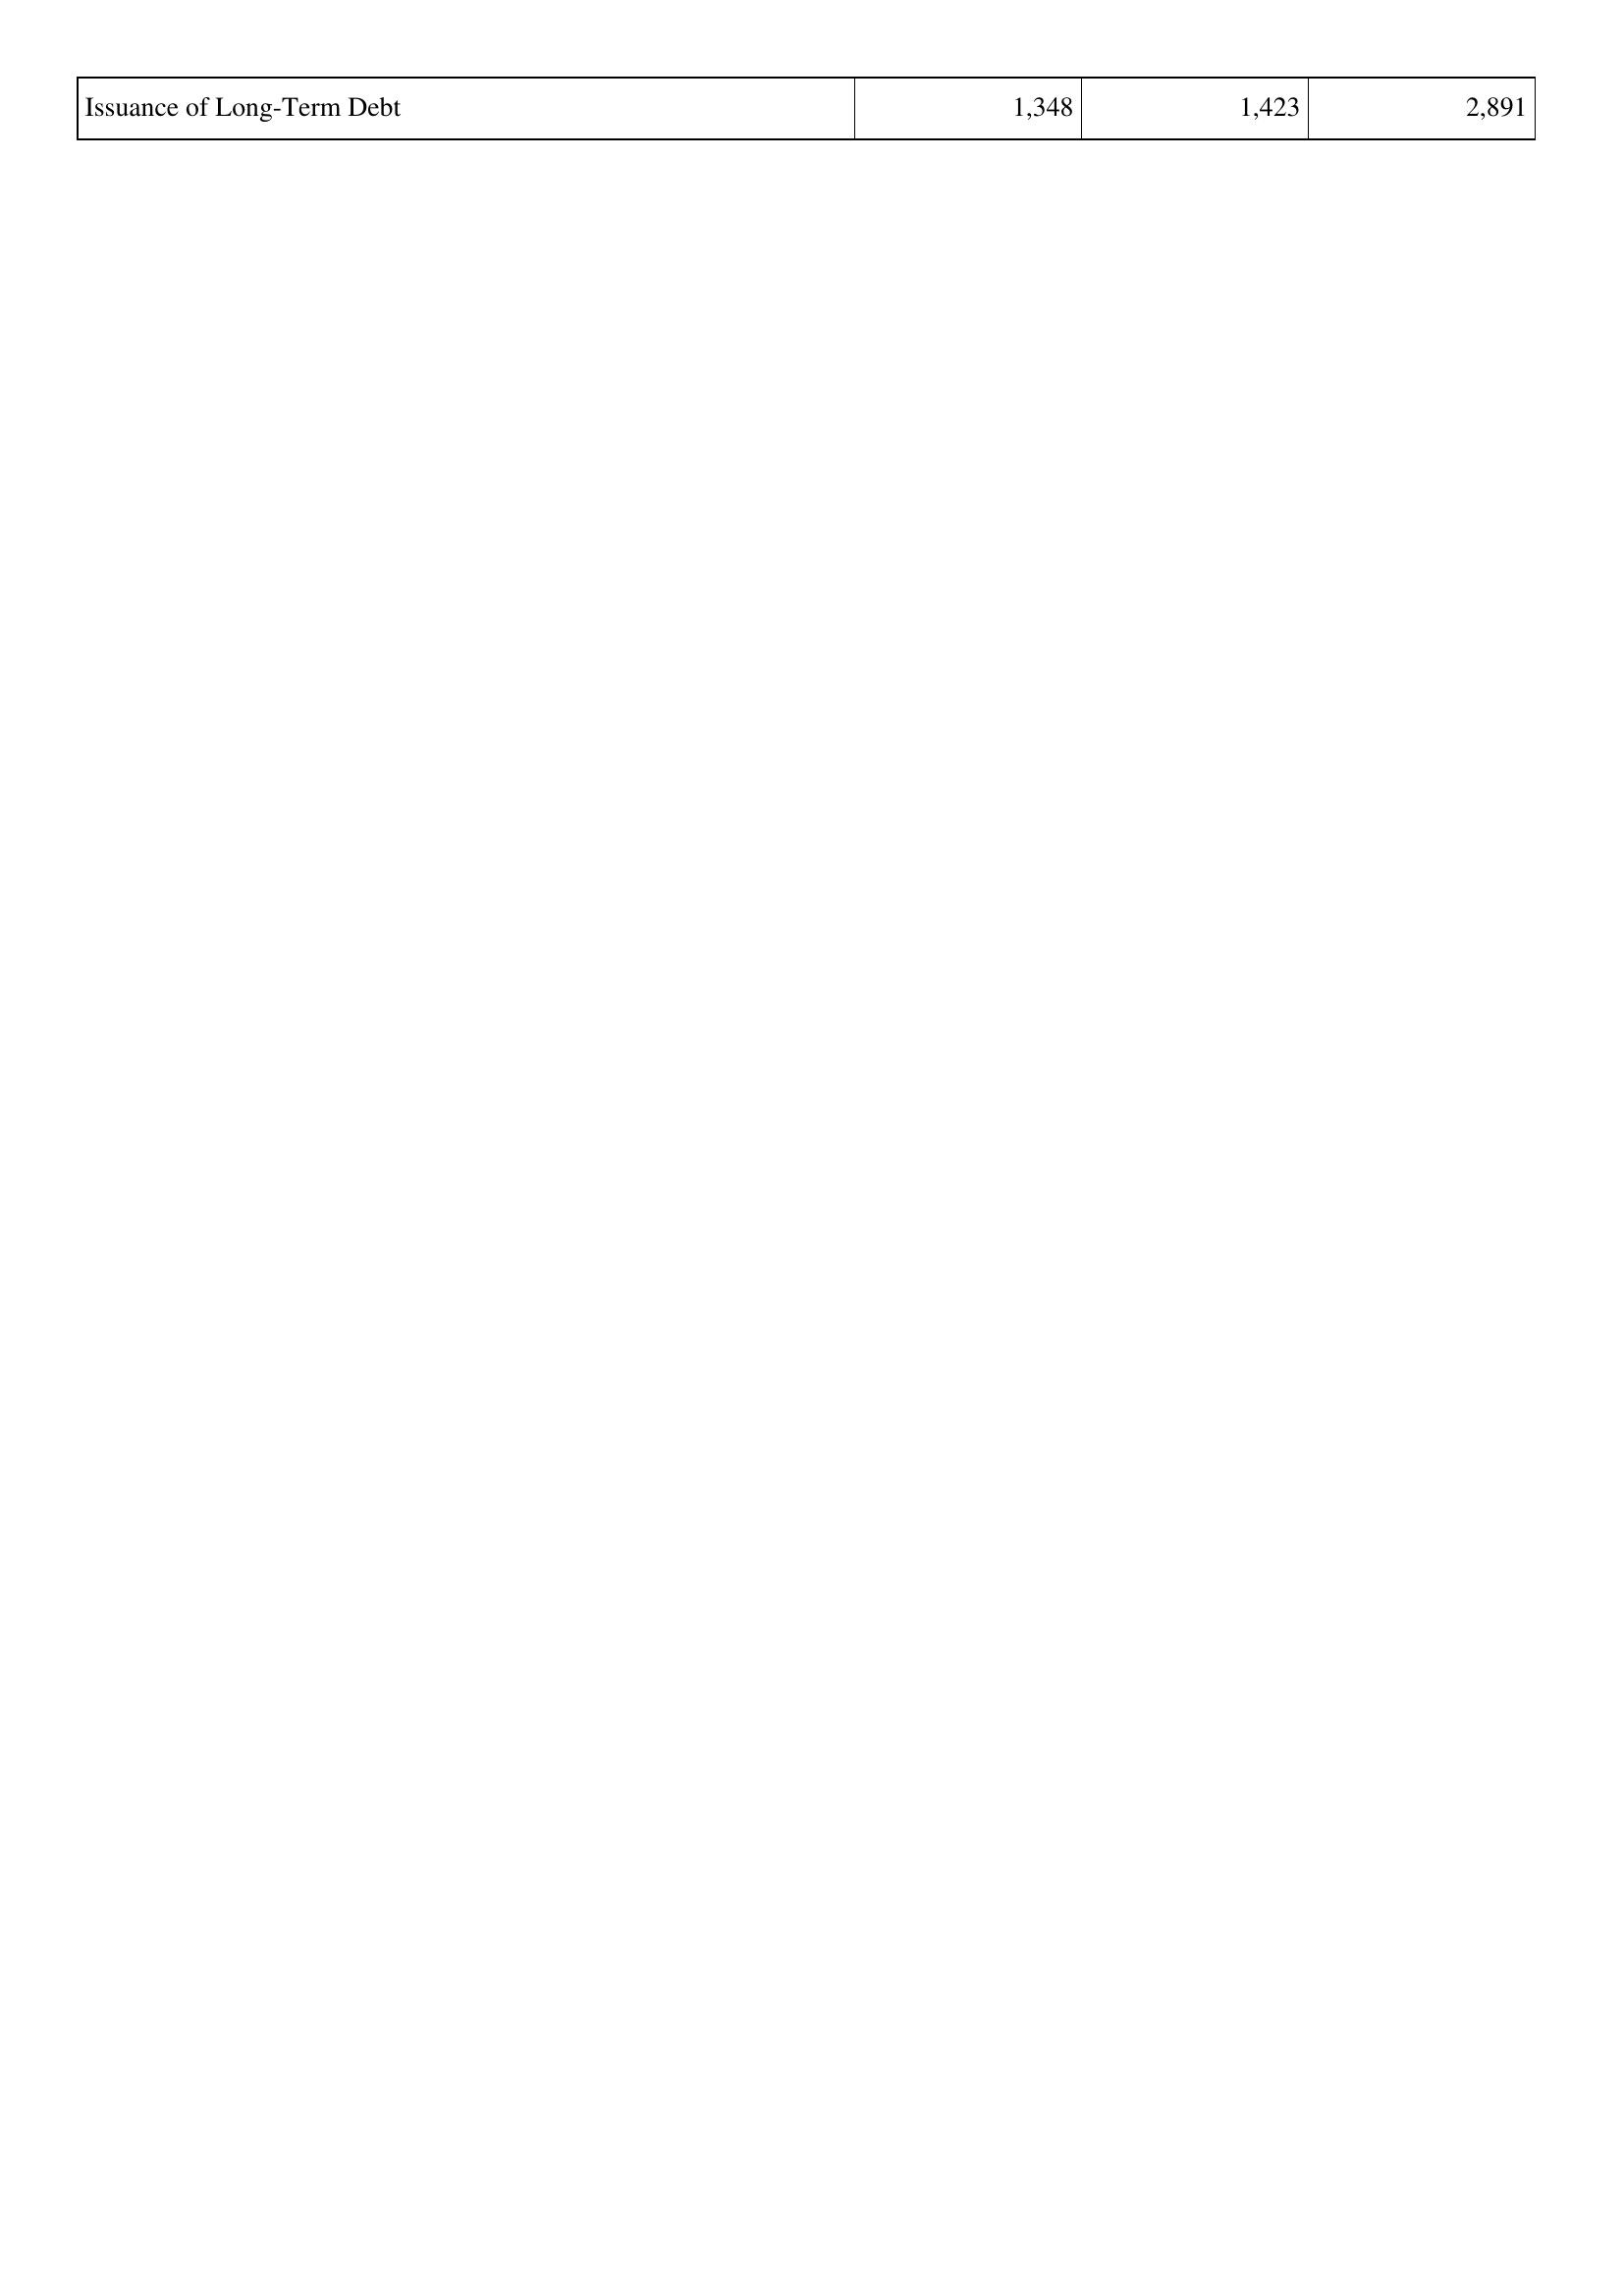
2012: Financing Activities: Issuance of Long-Term Debt: 1,348
2011: Financing Activities: Issuance of Long-Term Debt: 1,423
2010: Financing Activities: Issuance of Long-Term Debt: 2,891